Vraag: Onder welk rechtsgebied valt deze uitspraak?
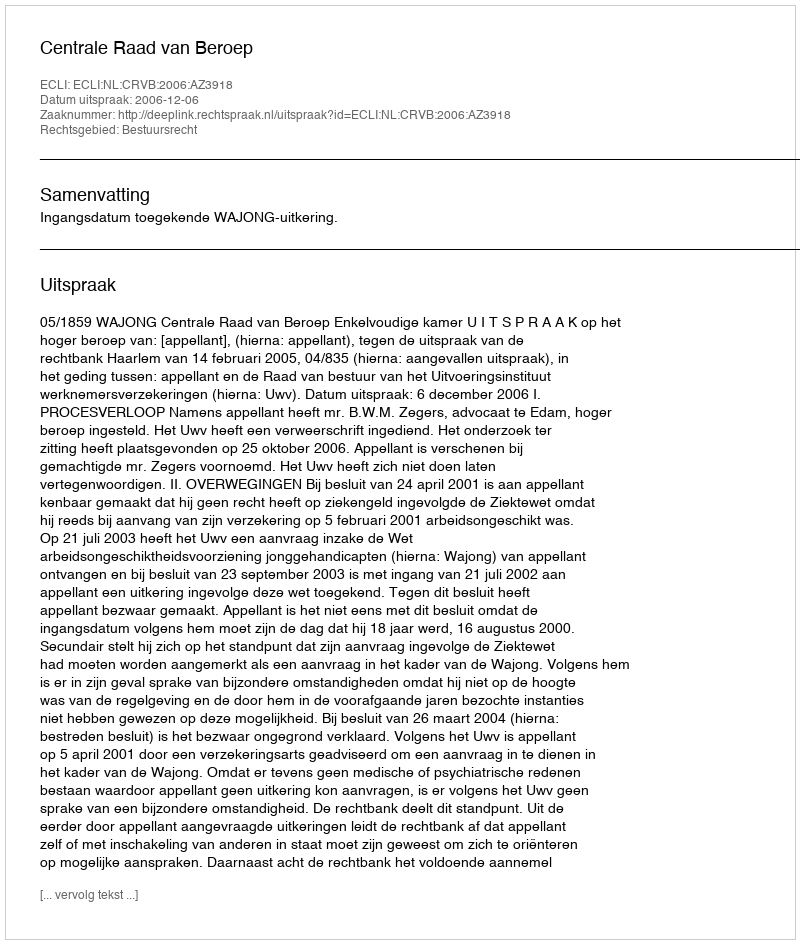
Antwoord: Bestuursrecht